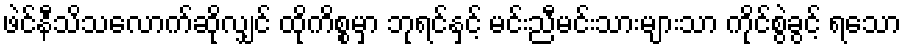
ဖဲင်နီသိသလောက်ဆိုလျှင် ထိုကိစ္စမှာ ဘုရင်နှင့် မင်းညီမင်းသားများသာ ကိုင်စွဲခွင့် ရသော